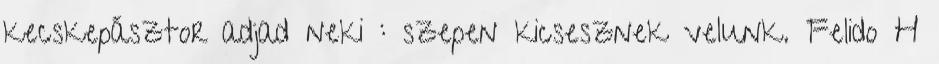
kecskepásztor adjad neki : szepen kicsesznek velunk. Felido H